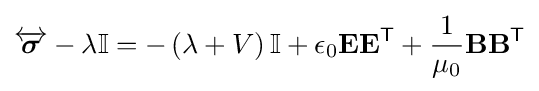
{\overleftrightarrow {\boldsymbol {\sigma }}}-\lambda \mathbf {\mathbb {I} } =-\left(\lambda +V\right)\mathbf {\mathbb {I} } +\epsilon _{0}\mathbf {E} \mathbf {E} ^{\textsf {T}}+{\frac {1}{\mu _{0}}}\mathbf {B} \mathbf {B} ^{\textsf {T}}